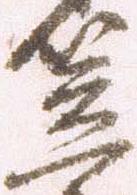
笠